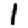
Digit: 1